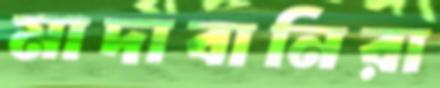
মাদাবানিরা